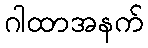
ဂါထာအနက်